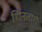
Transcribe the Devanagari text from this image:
शिनतारो